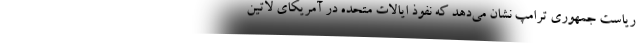
ریاست جمهوری ترامپ نشان می‌دهد که نفوذ ایالات متحده در آمریکای لاتین